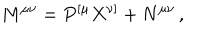
LaTeX: M ^ { \mu \nu } = P ^ { [ \mu } X ^ { \nu ] } + N ^ { \mu \nu } \, ,